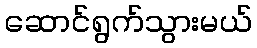
ဆောင်ရွက်သွားမယ်